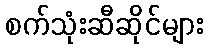
စက်သုံးဆီဆိုင်များ